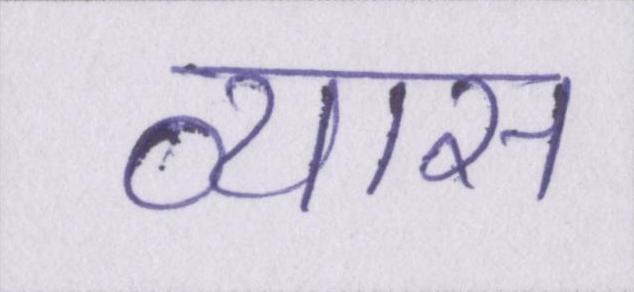
व्यास